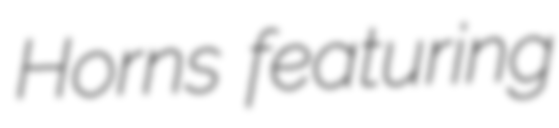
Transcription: Horns featuring